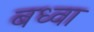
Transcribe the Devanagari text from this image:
बध्वा